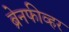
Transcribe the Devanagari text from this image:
ब्रेनफीव्हर